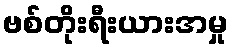
ဗစ်တိုးရီးယားအမှု